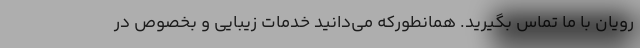
رویان با ما تماس بگیرید. همانطورکه می‌دانید خدمات زیبایی و بخصوص در